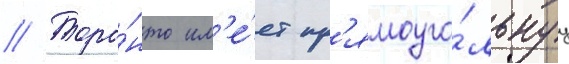
// Торо́нто им'е́ет пр'ямоуго́льнуу